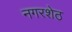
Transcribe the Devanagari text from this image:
नगरशेठ